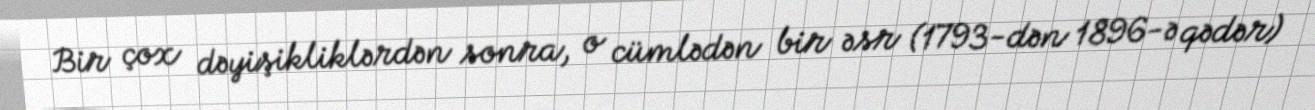
Bir çox dəyişikliklərdən sonra, o cümlədən bir əsr (1793-dən 1896-ə qədər)